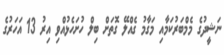
ނަޝީދުގެ މެމްބަރުކަމާއި މަގާމު ގެއްލޭ ގޮތަށް ބިލް ހުށަހެޅުއްވި އިރު 13 އަހަރުގެ